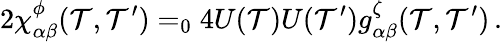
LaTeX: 2\chi_{\alpha\beta}^{\phi}(\mathcal{T},\mathcal{T}^{\prime})=_{0}4U(\mathcal{T})U(\mathcal{T}^{\prime})g_{\alpha\beta}^{\zeta}(\mathcal{T},\mathcal{T}^{\prime})\, .